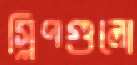
স্লিপগুলো